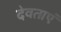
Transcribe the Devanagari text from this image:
देवताएं